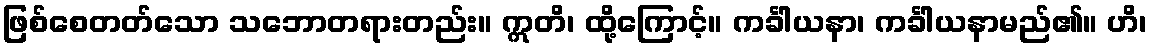
ဖြစ်စေတတ်သော သဘောတရားတည်း။ ဣတိ၊ ထို့ကြောင့်။ ကင်္ခါယနာ၊ ကင်္ခါယနာမည်၏။ ဟိ၊